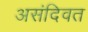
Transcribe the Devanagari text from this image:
असंदिवत